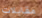
مقابلات